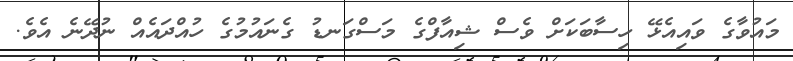
މައުވާގެ ވައިއެޅޭ ހިސާބަކަށް ވެސް ޝިއާފްގެ މަސްގަނޑު ގެނައުމުގެ ހުއްދައެއް ނުދޭނެ އެވެ.